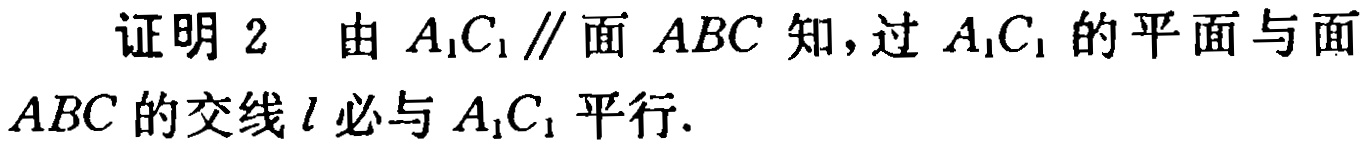
证明 2 由 \(A_1C_1\parallel\)面 \(ABC\) 知，过 \(A_1C_1\) 的平面与面 \(ABC\) 的交线 \(l\) 必与 \(A_1C_1\) 平行.